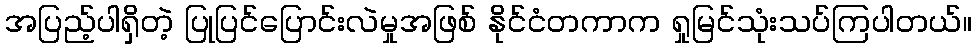
အပြည့်ပါရှိတဲ့ ပြုပြင်ပြောင်းလဲမှုအဖြစ် နိုင်ငံတကာက ရှုမြင်သုံးသပ်ကြပါတယ်။